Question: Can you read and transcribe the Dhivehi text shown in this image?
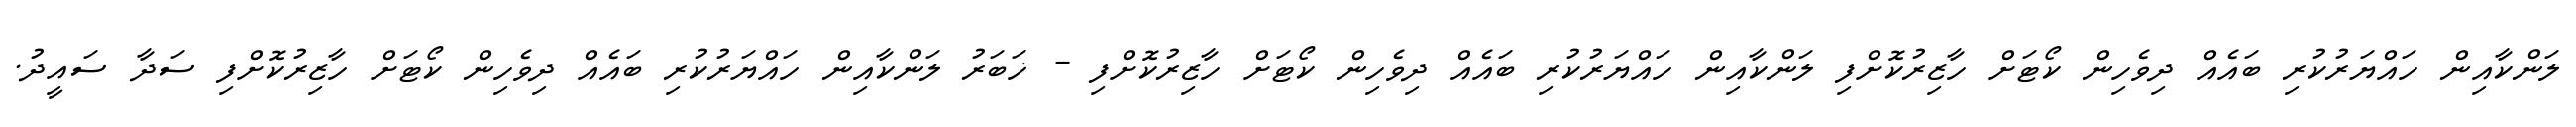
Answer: ލަންކާއިން ހައްޔަރުކުރި ބައެއް ދިވެހިން ކޯޓަށް ހާޒިރުކޮށްފި ލަންކާއިން ހައްޔަރުކުރި ބައެއް ދިވެހިން ކޯޓަށް ހާޒިރުކޮށްފި - ޚަބަރު ލަންކާއިން ހައްޔަރުކުރި ބައެއް ދިވެހިން ކޯޓަށް ހާޒިރުކޮށްފި ސަދާ ސައީދު.